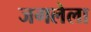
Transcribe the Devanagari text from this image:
जगलेला